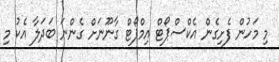
މި މަހުން ފެށިގެން އެކްސްޕޯޓް އިމްޕޯޓް ގާނޫނަށް ގެންނަ ބަދަލާ އެކު މި